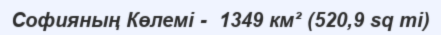
Софияның Көлемі -  1349 км² (520,9 sq mi)